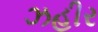
ઝહીર